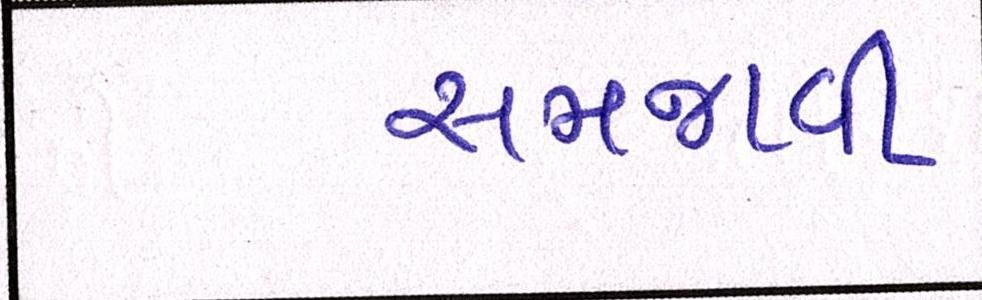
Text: સમજાવી